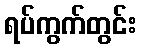
ရပ်ကွက်တွင်း